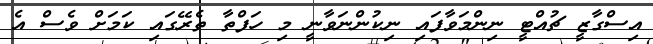
އިސްގާޒީ ޗުއްޓީ ނިންމަވާފައި ނިކުންނަވާނީ މި ހަފްތާ ތެރޭގައި ކަމަށް ވެސް އެ